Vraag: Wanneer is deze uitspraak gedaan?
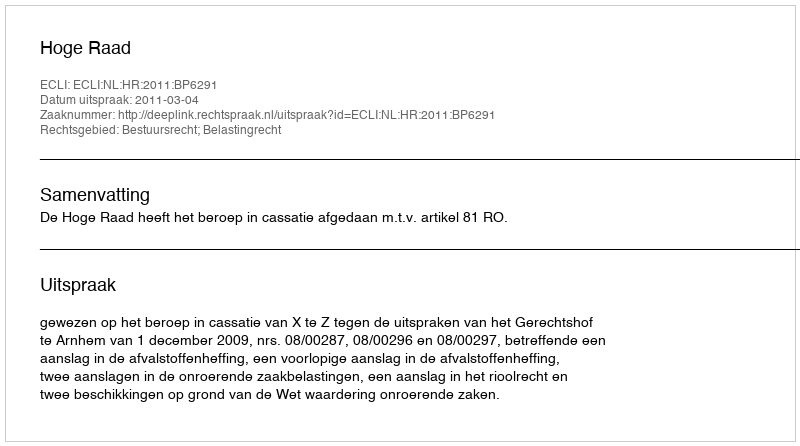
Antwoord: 2011-03-04